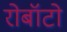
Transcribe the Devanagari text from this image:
रोबॉटो